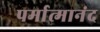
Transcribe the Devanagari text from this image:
पर्मात्मानंद